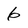
Character: 6